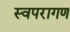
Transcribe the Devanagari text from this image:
स्वपरागण